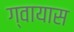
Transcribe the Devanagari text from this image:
ग्वायास